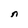
Character: n